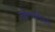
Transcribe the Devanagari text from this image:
सूर्यमालेविषयी